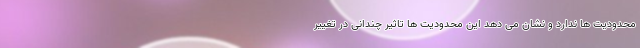
محدودیت ها ندارد و نشان می دهد این محدودیت ها تاثیر چندانی در تغییر